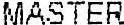
MASTER